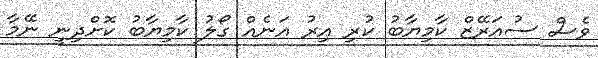
ވެސް ސުއަރޭޒް ކާމިޔާބު ކުރި އިރު އަނެއް ގޯލު ކާމިޔާބު ކޮށްދިނީ ނޭމާ